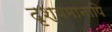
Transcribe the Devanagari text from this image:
दृश्यमानापि